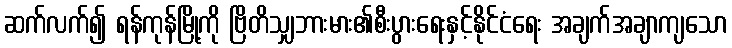
ဆက်လက်၍ ရန်ကုန်မြို့ကို ဗြိတိသျှဘားမား၏စီးပွားရေးနှင့်နိုင်ငံရေး အချက်အချာကျသော